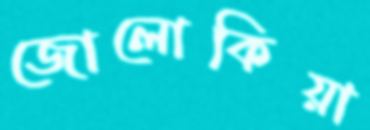
জোলোকিয়া